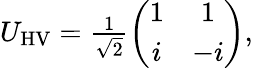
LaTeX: \begin{array}{r}{U_{\mathrm{HV}}=\frac{1}{\sqrt{2}}\left(\begin{array}{cc}{1}&{1}\\ {i}&{-i}\end{array}\right),}\end{array}